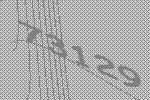
73129